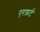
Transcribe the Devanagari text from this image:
एरफ़र्ट